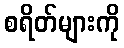
စရိတ်များကို